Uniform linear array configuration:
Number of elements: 24
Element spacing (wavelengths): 1
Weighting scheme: exponential
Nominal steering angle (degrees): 30
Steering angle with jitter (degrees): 29.478
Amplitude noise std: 0.05
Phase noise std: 0.05

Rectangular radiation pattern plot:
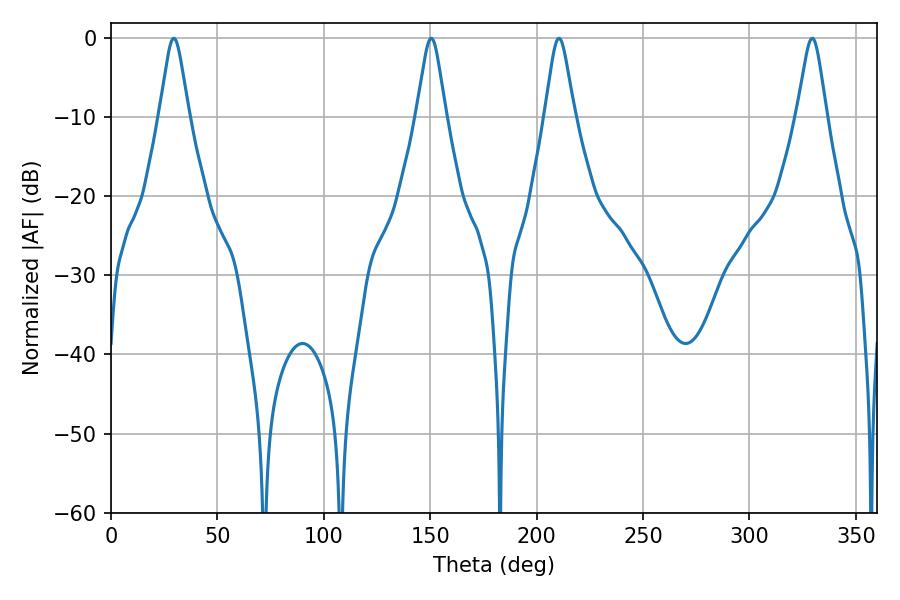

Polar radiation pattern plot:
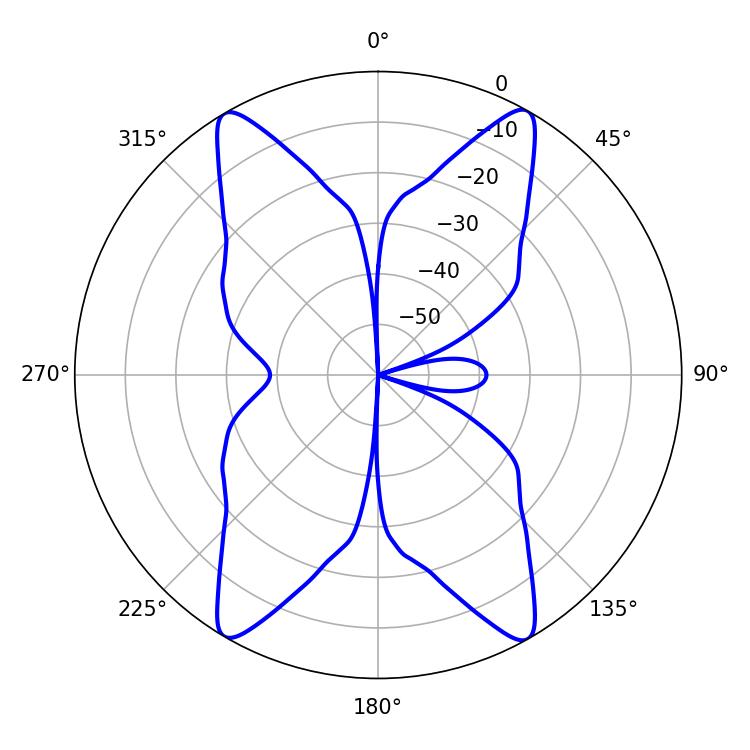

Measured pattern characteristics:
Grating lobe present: TRUE
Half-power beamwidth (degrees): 6.48
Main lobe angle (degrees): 29.52